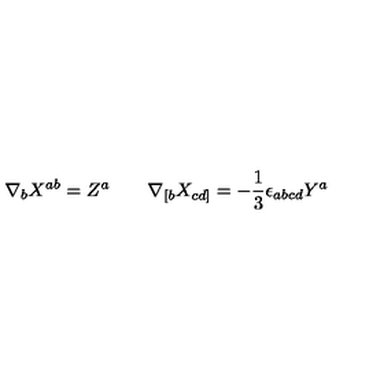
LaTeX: \nabla _ { b } X ^ { a b } = Z ^ { a } \qquad \nabla _ { [ b } X _ { c d ] } = - \frac { 1 } { 3 } \epsilon _ { a b c d } Y ^ { a }